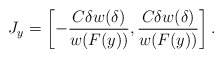
\begin{align*} J_y = \left[-\frac{C\delta w(\delta)}{w(F(y))},\frac{C\delta w(\delta)}{w(F(y))} \right]. \end{align*}